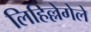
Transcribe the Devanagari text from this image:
लिहिल्लेगेले